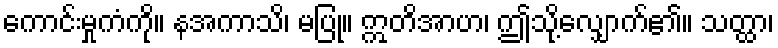
ကောင်းမှုကံကို။ နအကာသိ၊ မပြု။ ဣတိအာဟ၊ ဤသို့လျှောက်၏။ သတ္ထာ၊